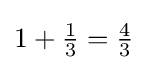
1+{\tfrac {1}{3}}={\tfrac {4}{3}}